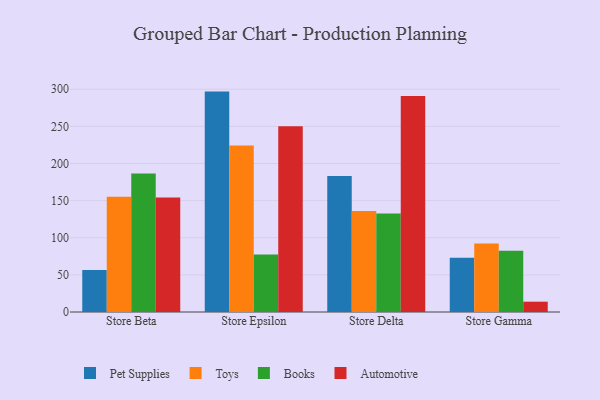
{"axis": {"x": "Store", "y": "Revenue (USD Million)"}, "legend": ["Automotive", "Books", "Pet Supplies", "Toys"], "data": [{"x": "Store Beta", "y": 56.4, "type": "Pet Supplies"}, {"x": "Store Beta", "y": 155.2, "type": "Toys"}, {"x": "Store Beta", "y": 186.4, "type": "Books"}, {"x": "Store Beta", "y": 154.1, "type": "Automotive"}, {"x": "Store Epsilon", "y": 296.8, "type": "Pet Supplies"}, {"x": "Store Epsilon", "y": 224.1, "type": "Toys"}, {"x": "Store Epsilon", "y": 77.5, "type": "Books"}, {"x": "Store Epsilon", "y": 250.3, "type": "Automotive"}, {"x": "Store Delta", "y": 183.3, "type": "Pet Supplies"}, {"x": "Store Delta", "y": 136.0, "type": "Toys"}, {"x": "Store Delta", "y": 132.7, "type": "Books"}, {"x": "Store Delta", "y": 291.0, "type": "Automotive"}, {"x": "Store Gamma", "y": 73.2, "type": "Pet Supplies"}, {"x": "Store Gamma", "y": 92.4, "type": "Toys"}, {"x": "Store Gamma", "y": 82.6, "type": "Books"}, {"x": "Store Gamma", "y": 13.9, "type": "Automotive"}]}